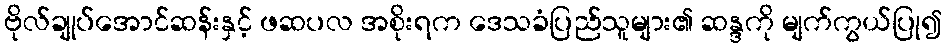
ဗိုလ်ချုပ်အောင်ဆန်းနှင့် ဖဆပလ အစိုးရက ဒေသခံပြည်သူများ၏ ဆန္ဒကို မျက်ကွယ်ပြု၍